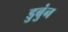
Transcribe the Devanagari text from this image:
डुबुंन